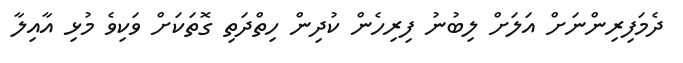
ދެމަފިރިންނަށް އަލަށް ލިބުނު ފިރިހެން ކުދިން ހިތްދަތި ގޮތަކަށް ވަކިވެ މުޅި އާއިލާ